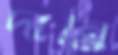
দান্নি